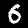
Digit: 6